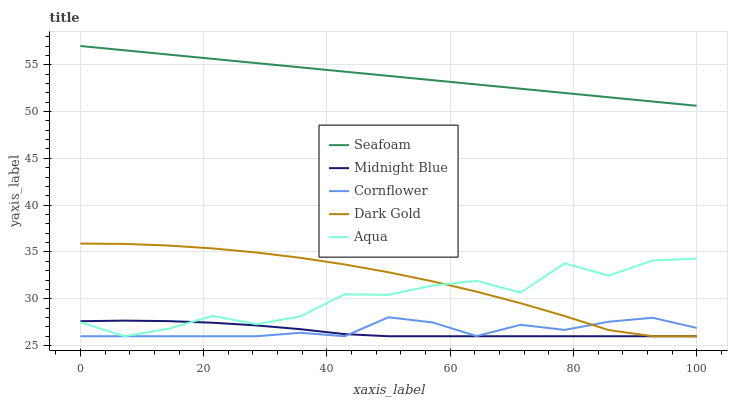
| xaxis_label | Seafoam | Midnight Blue | Cornflower | Dark Gold | Aqua |
 | --- | --- | --- | --- | --- | --- |
 | 0 | 57 | 27.6 | 26 | 35.9 | 27.5 |
 | 7.14 | 56.5 | 27.7 | 26 | 35.9 | 26 |
 | 14.3 | 56.1 | 27.6 | 26 | 35.7 | 26.8 |
 | 21.4 | 55.6 | 27.4 | 26 | 35.4 | 28.2 |
 | 28.6 | 55.2 | 27.2 | 26 | 34.9 | 27.3 |
 | 35.7 | 54.7 | 26.8 | 26.4 | 34.4 | 28.1 |
 | 42.9 | 54.3 | 26.2 | 26 | 33.7 | 30.5 |
 | 50 | 53.8 | 26 | 28 | 32.8 | 30.4 |
 | 57.1 | 53.4 | 26 | 27.5 | 31.9 | 31.4 |
 | 64.3 | 52.9 | 26 | 26 | 30.8 | 31.9 |
 | 71.4 | 52.4 | 26 | 27.2 | 29.5 | 30.7 |
 | 78.6 | 52 | 26 | 26.7 | 28.2 | 33.8 |
 | 85.7 | 51.5 | 26 | 27.6 | 26.7 | 32.5 |
 | 92.9 | 51.1 | 26 | 28 | 26 | 34.1 |
 | 100 | 50.6 | 26 | 26.9 | 26 | 34.3 |